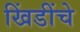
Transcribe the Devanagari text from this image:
खिंडींचे